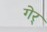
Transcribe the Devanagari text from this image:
गेर्